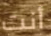
أنت